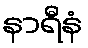
နာရီနံ